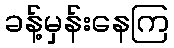
ခန့်မှန်းနေကြ